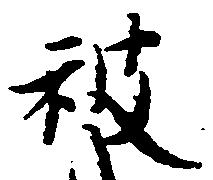
被